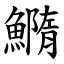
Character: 䲊